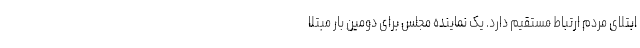
ابتلای مردم ارتباط مستقیم دارد. یک نماینده مجلس برای دومین بار مبتلا